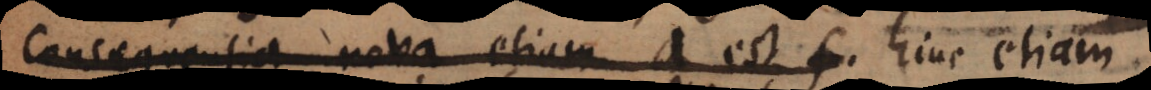
consequentia nova etiam a est f nova